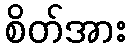
စိတ်အား